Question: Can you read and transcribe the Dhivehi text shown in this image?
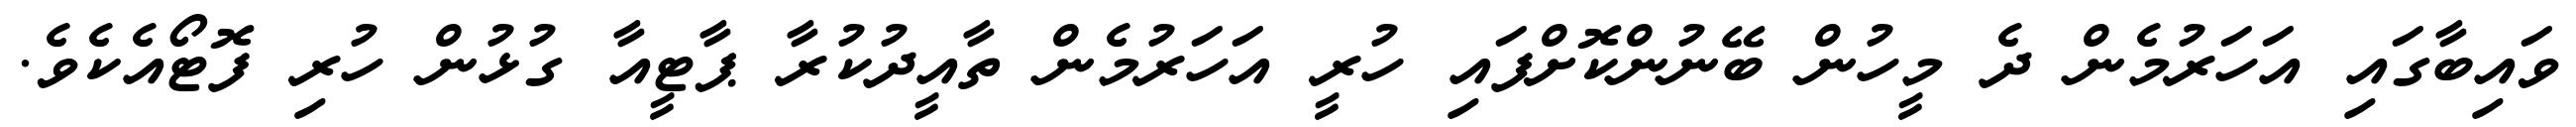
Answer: ވައިބާގައި އަހަރުމެން ދެ މީހުން ބޭނުންކޮށްފައި ހުރީ އަހަރުމެން ތާއީދުކުރާ ޕާޓީއާ ގުޅުން ހުރި ފޮޓޯއެކެވެ.